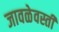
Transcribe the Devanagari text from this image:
जावळेवस्ती